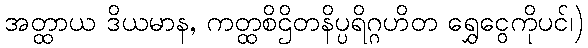
အတ္ထာယ ဒိယမာန, ကတ္ထစိဌိတနိပ္ပရိဂ္ဂဟိတ ရွှေငွေကိုပင်၊)